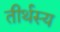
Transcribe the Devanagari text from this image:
तीर्थस्य